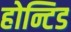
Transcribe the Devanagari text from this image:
होन्टिड